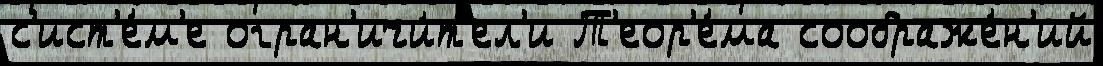
с'ист'е́м'е огран'ичи́т'ел'и Т'еор'е́ма соображе́н'ий